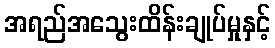
အရည်အသွေးထိန်းချုပ်မှုနှင့်